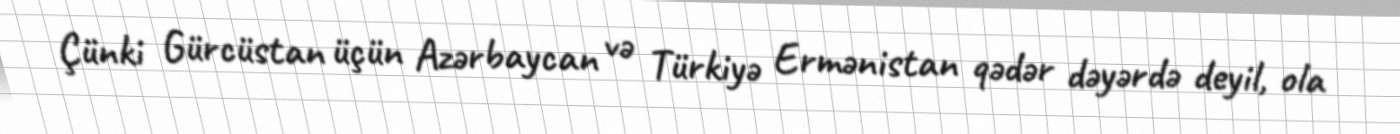
Çünki Gürcüstan üçün Azərbaycan və Türkiyə Ermənistan qədər dəyərdə deyil, ola